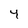
Character: 4